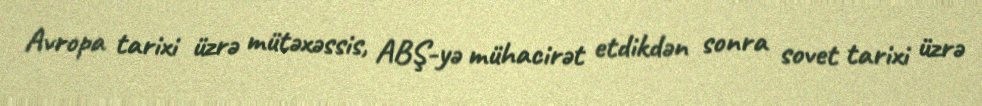
Avropa tarixi üzrə mütəxəssis, ABŞ-yə mühacirət etdikdən sonra sovet tarixi üzrə